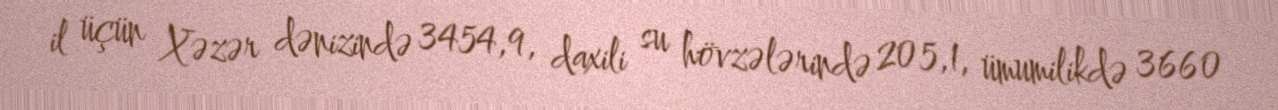
il üçün Xəzər dənizində 3454,9, daxili su hövzələrində 205,1, ümumilikdə 3660